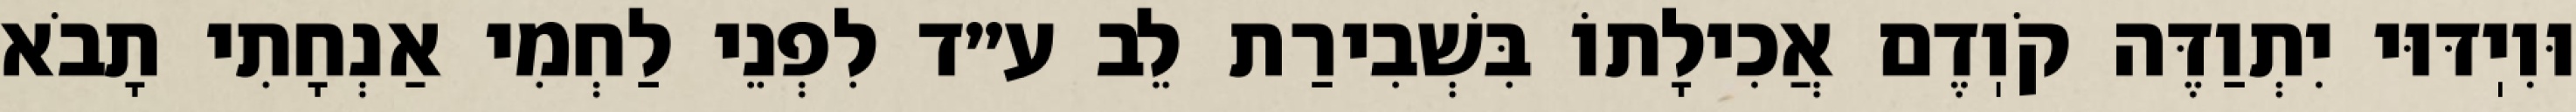
וּוִיֽדּוּי יִתְוַדֶּה קֹוֽדֶם אֲכִילָתוֹ בִּשְׁבִירַת לֵב ע״ד לִפְנֵי לַחְמִי אַנְחָתִי תָבֹא